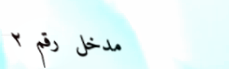
مدخل رقم ٢